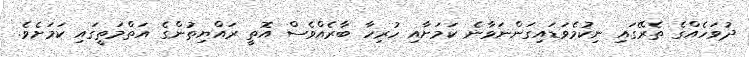
ދުވަހެއްގެ ތެރޭގައި ނިކުމެވަޑައިގަންނަވާނެ ކަމަށާއި ހުރިހާ ބާރެއްވެސް އޮތީ ރައްޔިތުންގެ އަތްމަތީގައި ކަމަށެވެ.